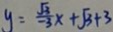
y = \frac { \sqrt { 3 } } { - 3 } x + \sqrt { 3 } + 3